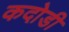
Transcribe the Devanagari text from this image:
कदोडी